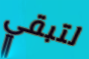
لتبقي